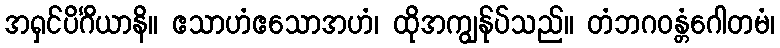
အရှင်ပိင်္ဂိယာနိ။ ဧသာဟံဧသောအဟံ၊ ထိုအကျွန်ုပ်သည်။ တံဘဂဝန္တံဂေါတမံ၊